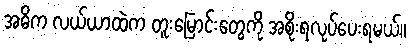
အဓိက လယ်ယာထဲက တူးမြောင်းတွေကို အစိုးရလုပ်ပေးရမယ်။